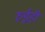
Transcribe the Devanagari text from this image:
रुईही